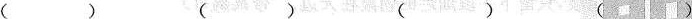
（）（）（）（）